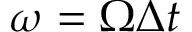
\omega = \Omega \Delta t